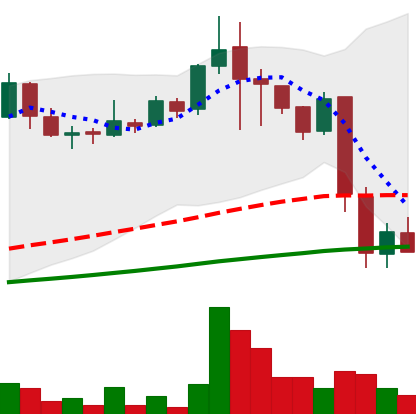
Ticker: LINK-USD
Chart end date: 2018-11-22
Forward return: -16.147%
Label: down_7plus